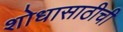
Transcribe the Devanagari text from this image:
शोधासाठीची